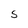
Character: S